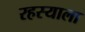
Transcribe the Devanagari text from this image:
रहस्याला